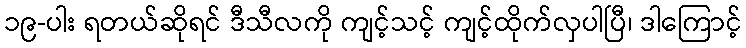
၁၉-ပါး ရတယ်ဆိုရင် ဒီသီလကို ကျင့်သင့် ကျင့်ထိုက်လှပါပြီ၊ ဒါကြောင့်